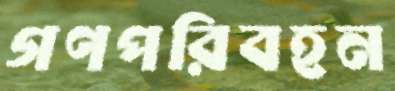
গণপরিবহন